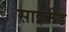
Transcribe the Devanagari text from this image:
साइकैंड